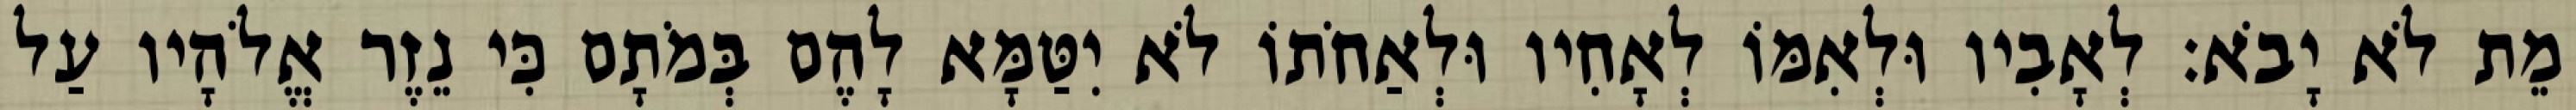
מֵת לֹא יָבֹא׃ לְאָבִיו וּלְאִמּוֹ לְאָחִיו וּלְאַחֹתוֹ לֹא יִטַּמָּא לָהֶם בְּמֹתָם כִּי נֵזֶר אֱלֹהָיו עַל